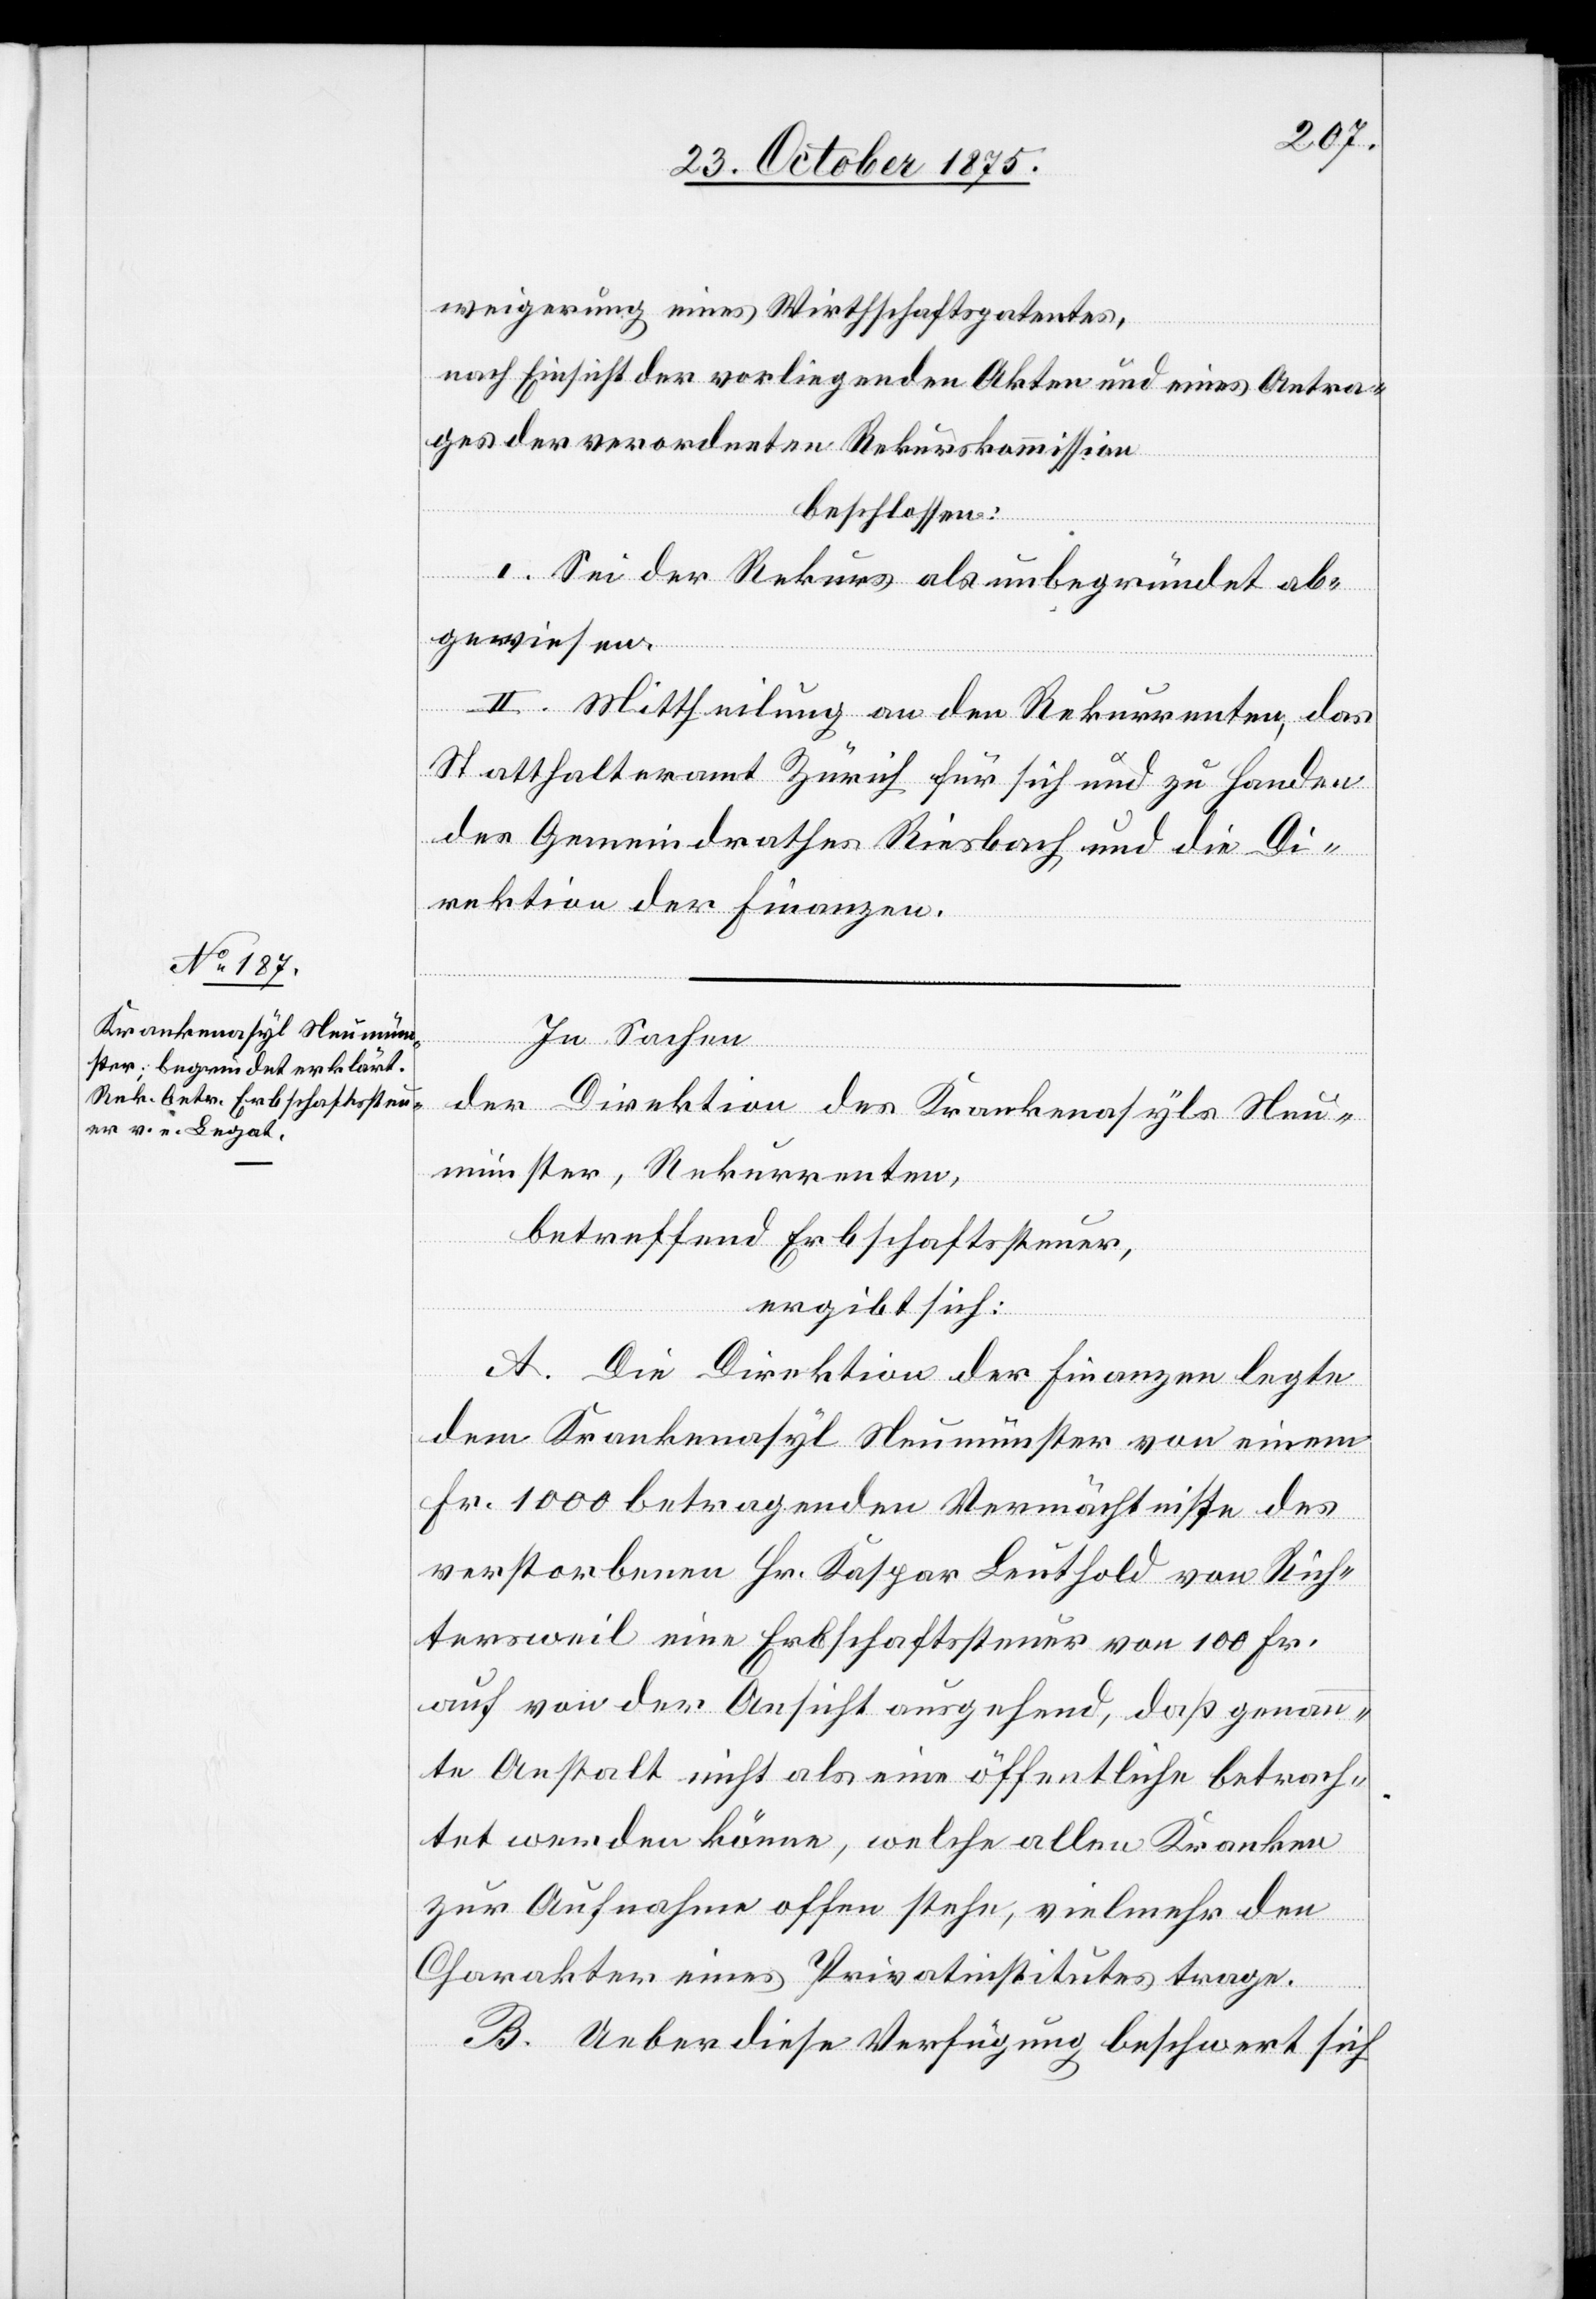
weigerung eines Wirthschaftspatentes,
nach Einsicht der vorliegenden Akten und eines Antra¬
ges der verordneten Rekurskommission
beschlossen:
I. Sei der Rekurs als unbegründet ab¬
gewiesen.
II. Mittheilung an den Rekurrenten, das
Statthalteramt Zürich für sich und zu Handen
des Gemeindrathes Riesbach und die Di¬
rektion der Finanzen.
In Sachen
der Direktion des Krankenasyls Neu¬
münster, Rekurrenten,
betreffend Erbschaftssteuer,
ergibt sich:
A. Die Direktion der Finanzen legte
dem Krankenasyl Neumünster von einem
Fr. 1000 betragenden Vermächtnisse des
verstorbenen Hr. Kaspar Leuthold von Rich¬
tersweil eine Erbschaftssteuer von 100 Fr.
auf von der Ansicht ausgehend, daß genann¬
te Anstalt nicht als eine öffentliche betrach¬
tet werden könne, welche allen Kranken
zur Aufnahme offen stehe, vielmehr den
Charakter eines Privatinstitutes trage.
B. Ueber diese Verfügung beschwert sich